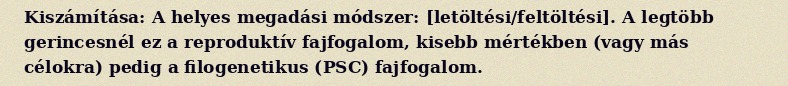
Kiszámítása: A helyes megadási módszer: [letöltési/feltöltési]. A legtöbb gerincesnél ez a reproduktív fajfogalom, kisebb mértékben (vagy más célokra) pedig a filogenetikus (PSC) fajfogalom.